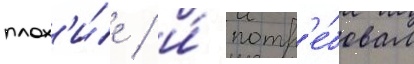
плох'и́е / и́ потр'е́бовал